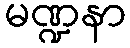
မဏ္ဍနာ